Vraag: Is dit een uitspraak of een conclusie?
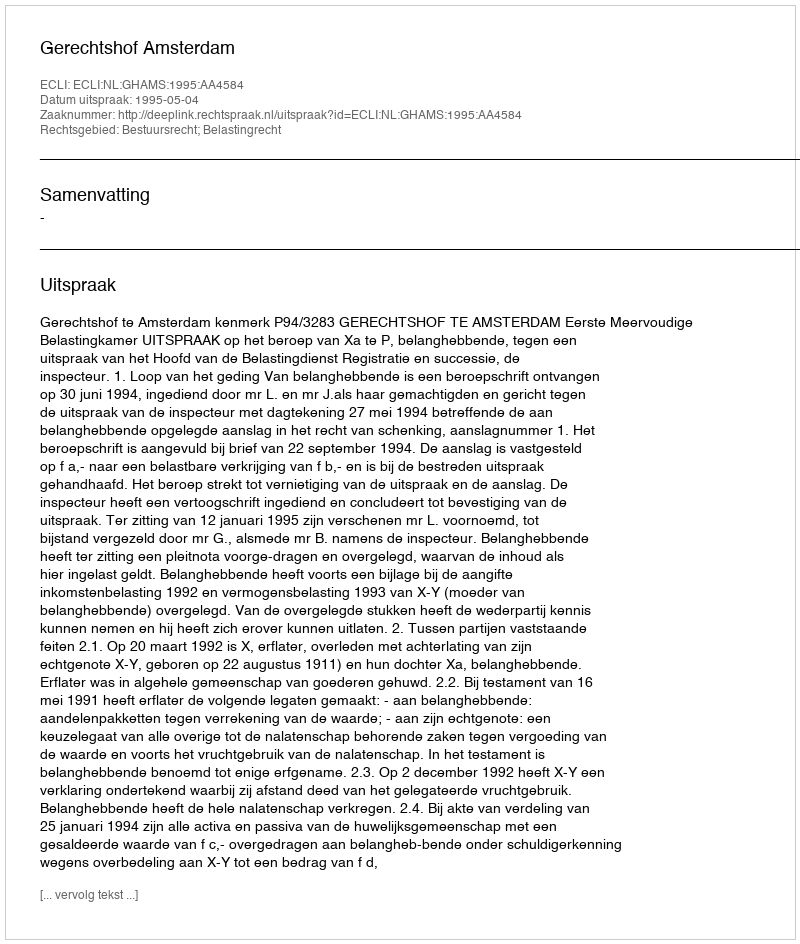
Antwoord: Uitspraak